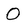
Character: 0